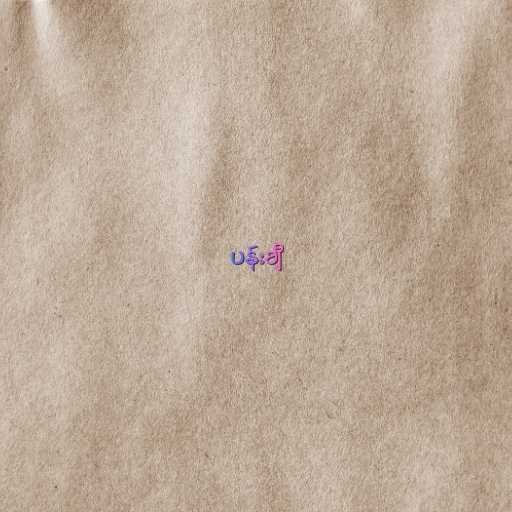
ပန်းချီ